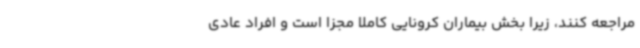
مراجعه کنند، زیرا بخش بیماران کرونایی کاملا مجزا است و افراد عادی